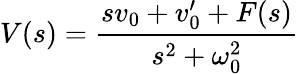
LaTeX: V(s)={\frac{sv_{0}+v_{0}^{\prime}+F(s)}{s^{2}+\omega_{0}^{2}}}